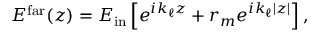
\begin{array} { r } { E ^ { \mathrm { f a r } } ( z ) = E _ { \mathrm { i n } } \left[ e ^ { i k _ { \ell } z } + r _ { m } e ^ { i k _ { \ell } | z | } \right] , } \end{array}